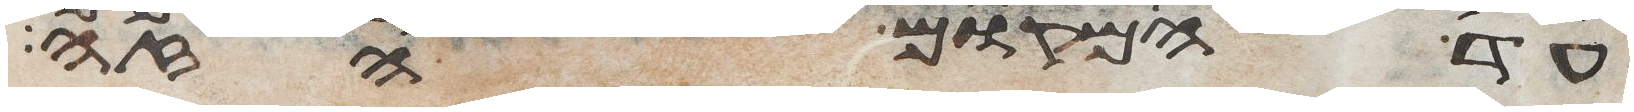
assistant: עד המקום הזה